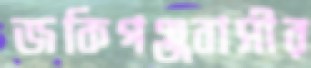
জকিগঞ্জবাসীর